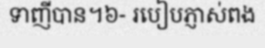
ទាញីបាន។៦- របៀបភ្ញាស់ពង